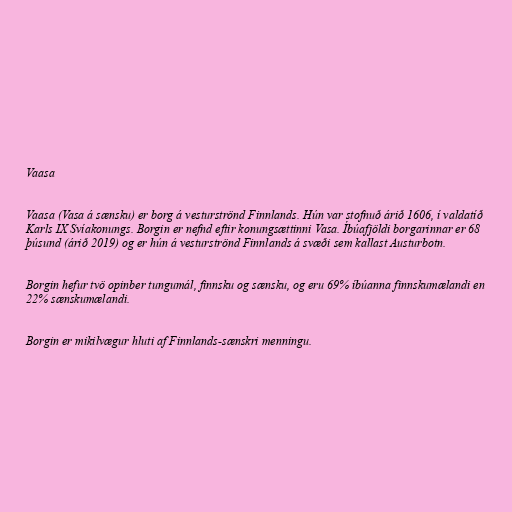
Vaasa

Vaasa (Vasa á sænsku) er borg á vesturströnd Finnlands. Hún var stofnuð árið 1606, í valdatíð
Karls IX Svíakonungs. Borgin er nefnd eftir konungsættinni Vasa. Íbúafjöldi borgarinnar er 68
þúsund (árið 2019) og er hún á vesturströnd Finnlands á svæði sem kallast Austurbotn.

Borgin hefur tvö opinber tungumál, finnsku og sænsku, og eru 69% íbúanna finnskumælandi en
22% sænskumælandi.

Borgin er mikilvægur hluti af Finnlands-sænskri menningu.